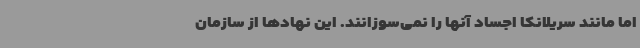
اما مانند سریلانکا اجساد آنها را نمی‌سوزانند. این نهادها از سازمان